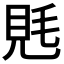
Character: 𧠑